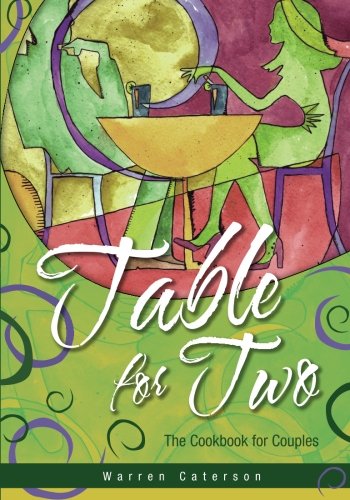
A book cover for Table for Two - The Cookbook for Couples; Warren Caterson; Cookbooks, Food & Wine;